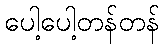
ပေါ့ပေါ့တန်တန်